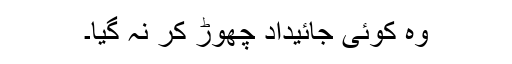
وہ کوئی جائیداد چھوڑ کر نہ گیا۔